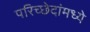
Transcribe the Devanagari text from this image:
परिच्छेदांमध्ये